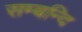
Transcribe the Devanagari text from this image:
सम्बन्दि